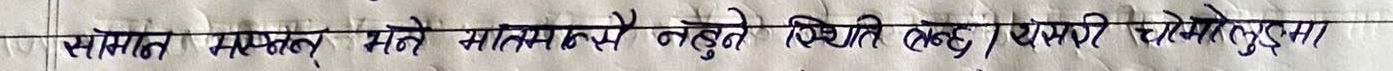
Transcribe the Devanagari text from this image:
सामान भन्नु पर्ने बातसम्मै नबुझ्ने व्यक्ति लगाउने / पेसरी रहेको छ।